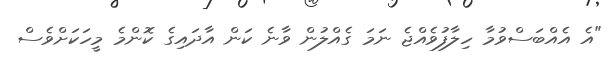
"އެ އެއްބަސްވުމާ ހިލާފުވެއްޖެ ނަމަ ގެއްލުން ވާނެ ކަން އާދައިގެ ކޮންމެ މީހަކަށްވެސް